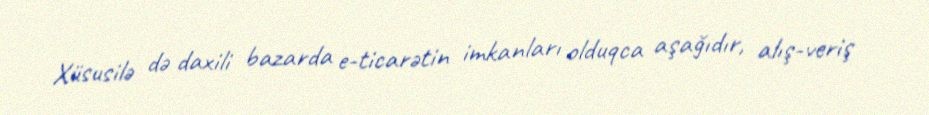
Xüsusilə də daxili bazarda e-ticarətin imkanları olduqca aşağıdır, alış-veriş